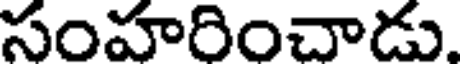
సంహరించాడు.